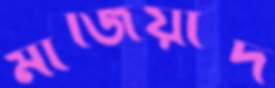
মাজিয়াদ